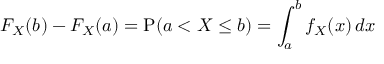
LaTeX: F _ { X } ( b ) - F _ { X } ( a ) = \operatorname { P } ( a < X \leq b ) = \int _ { a } ^ { b } f _ { X } ( x ) \, d x